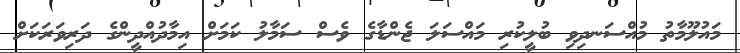
މައުލޫމާތު މުއްސަނދިވި ބުލީކުރި މައްސަލަ ޖެންޑާގެ ވެސް ސަމާލު ކަމަށް އިމާދުއްދީންގެ ދަރިވަރަކަށް